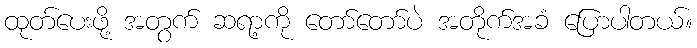
ထုတ်ပေးဖို့ အတွက် ဆရာ့ကို တော်တော်ပဲ အတိုက်အခံ ပြောပါတယ်။